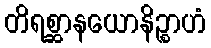
တိရစ္ဆာနယောနိဉ္စာဟံ